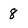
Character: 8